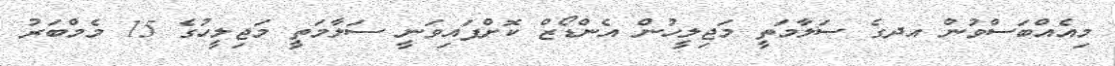
މިއެއްބަސްވުން އދގެ ސަލާމަތީ މަޖިލީހުން އެންޑޯޒް ކޮށްފައިވަނީ ސަލާމަތީ މަޖިލީހުގެ 15 މެމްބަރު